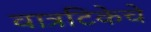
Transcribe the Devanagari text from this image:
वात्रटिकेचे